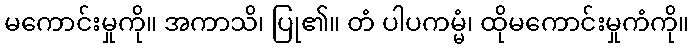
မကောင်းမှုကို။ အကာသိ၊ ပြု၏။ တံ ပါပကမ္မံ၊ ထိုမကောင်းမှုကံကို။